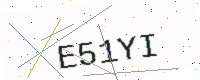
Text: E51YI